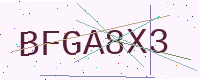
Text: BFGA8X3